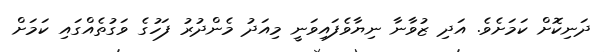
ދަނިކޮށް ކަމަށެވެ. އަދި ޒުވާނާ ނިޔާވެފައިވަނީ މިއަދު މެންދުރު ފަހުގެ ވަގުތެއްގައި ކަމަށް